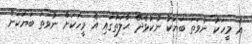
އެ މީހަކު ނުވަތަ ބަޔަކު ނުކުޅެދޭ ޙާލަތުގައި އެ މީހަކަށް ނުވަތަ ބަޔަކަށް